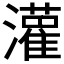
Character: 𫞞